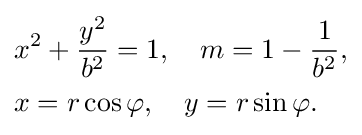
{\begin{aligned}&x^{2}+{\frac {y^{2}}{b^{2}}}=1,\quad m=1-{\frac {1}{b^{2}}},\\&x=r\cos \varphi ,\quad y=r\sin \varphi .\end{aligned}}